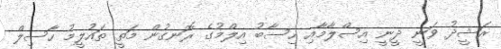
ރަޝީދު ވަނީ ދީނީ އިސްލާމާއި ހިސާބު އިލްމުގެ ރޮނގުން މަތީ ތައުލީމު ހާސިލް